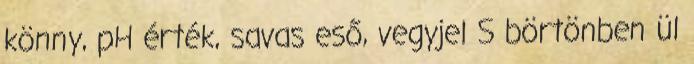
könny, pH érték, savas eső, vegyjel S börtönben ül